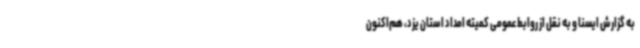
به گزارش ایسنا و به نقل از روابط عمومی کمیته امداد استان یزد، هم‌اکنون